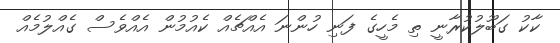
ކާކު ގަބޫލުކުރާނީ ތި މެހީގެ ފަނި ހުންނަ އެއްޗެއް ކެއުމުން އެއްވެސް ގެއްލުމެއް